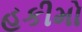
હકીમો